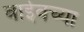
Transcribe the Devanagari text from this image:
वाईवच्या